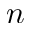
n